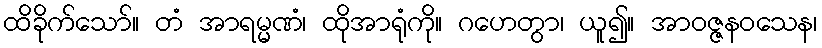
ထိခိုက်သော်။ တံ အာရမ္မဏံ၊ ထိုအာရုံကို။ ဂဟေတွာ၊ ယူ၍။ အာဝဇ္ဇနဝသေန၊